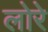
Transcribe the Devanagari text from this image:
लोरे